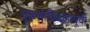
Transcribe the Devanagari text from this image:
तुळसीविवाहापूर्वी